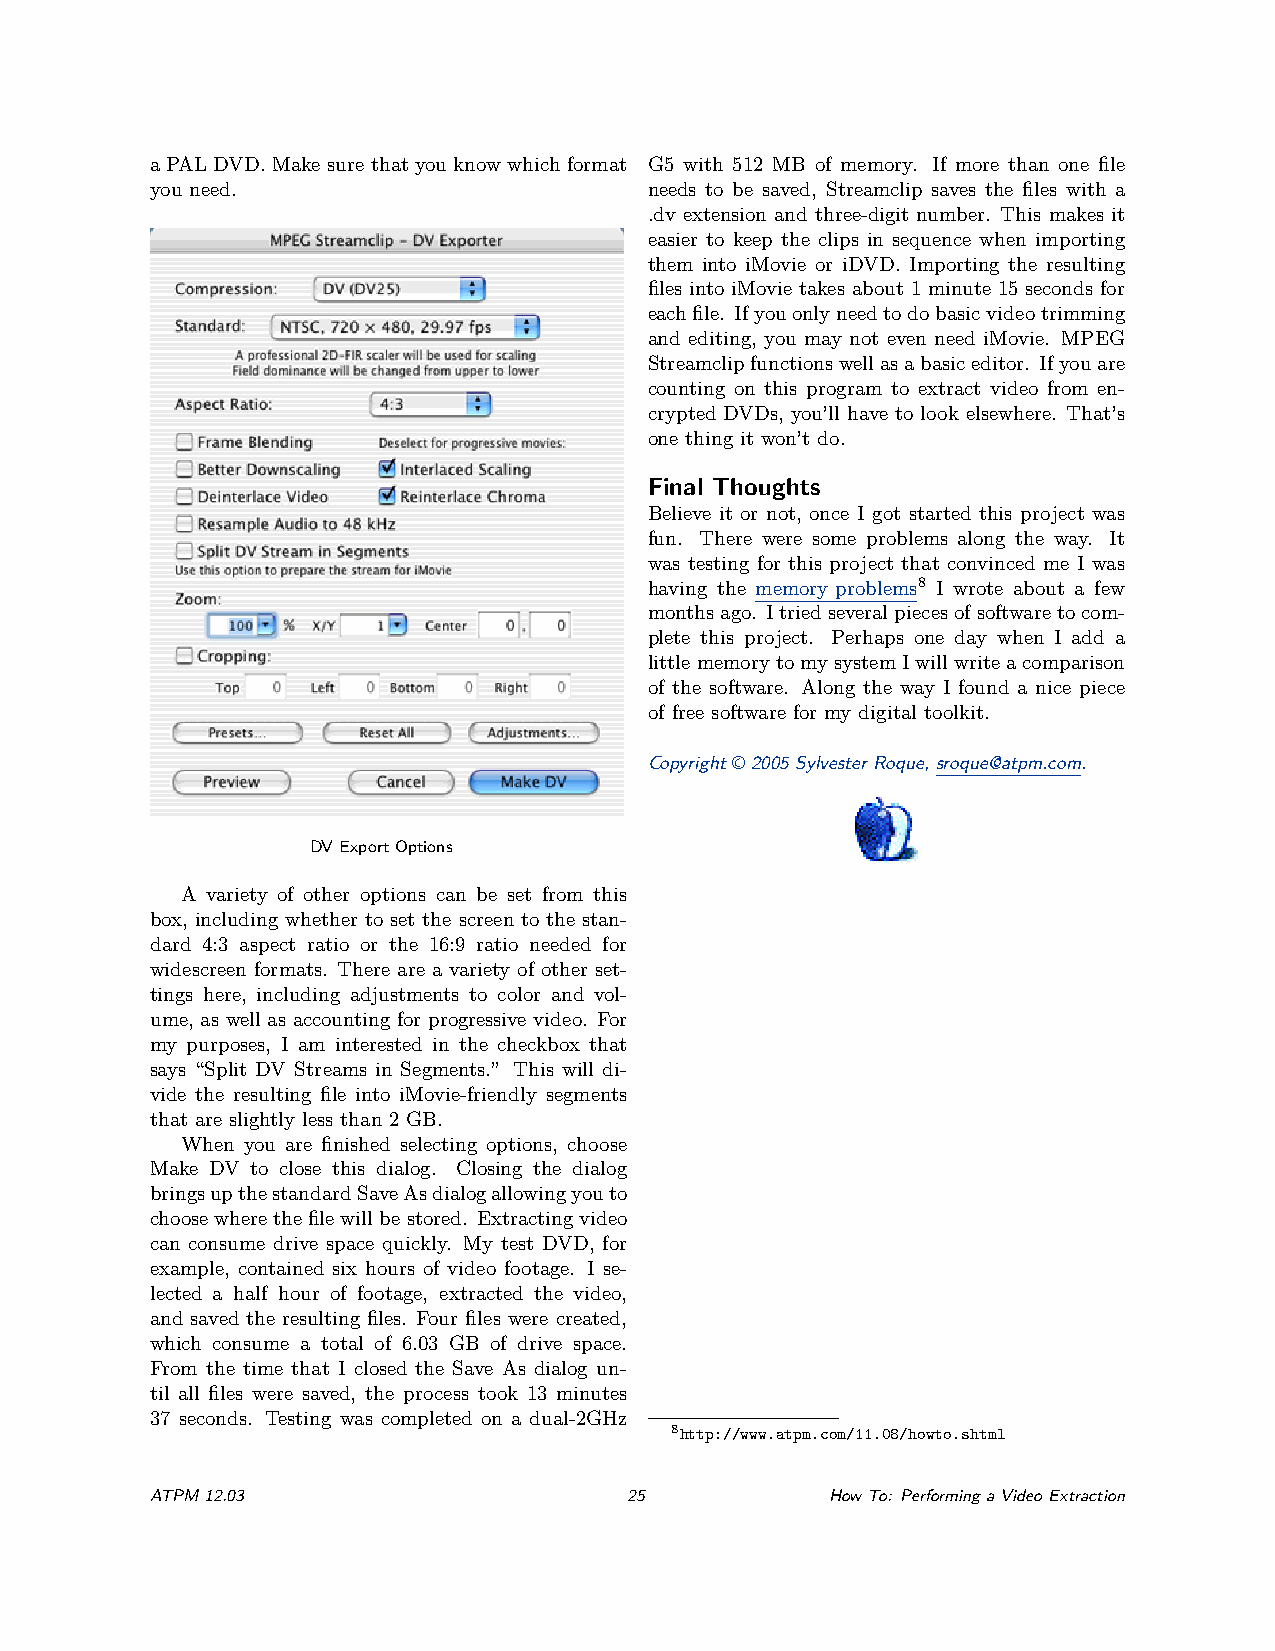
a PAL DVD. Make sure that you know which format G5 with 512 MB of memory. If more than one file
 you need.                        needs to be saved, Streamclip saves the files with a
 .dv extension and three-digit number. This makes it
 easier to keep the clips in sequence when importing
 them into iMovie or iDVD. Importing the resulting
 files into iMovie takes about 1 minute 15 seconds for
 eachfile. Ifyouonlyneedtodobasicvideotrimming
 and editing, you may not even need iMovie. MPEG
 Streamclipfunctionswellasabasiceditor. Ifyouare
 counting on this program to extract video from en-
 crypted DVDs, you’ll have to look elsewhere. That’s
 one thing it won’t do.
 Final Thoughts
 Believe it or not, once I got started this project was
 fun. There were some problems along the way. It
 was testing for this project that convinced me I was
 having the memory problems8 I wrote about a few
 monthsago. Itriedseveralpiecesofsoftwaretocom-
 plete this project. Perhaps one day when I add a
 littlememorytomysystemIwillwriteacomparison
 of the software. Along the way I found a nice piece
 of free software for my digital toolkit.
 Copyright © 2005 Sylvester Roque, sroque@atpm.com.
 DVExportOptions
 A variety of other options can be set from this
 box, including whether to set the screen to the stan-
 dard 4:3 aspect ratio or the 16:9 ratio needed for
 widescreen formats. There are a variety of other set-
 tings here, including adjustments to color and vol-
 ume, as well as accounting for progressive video. For
 my purposes, I am interested in the checkbox that
 says “Split DV Streams in Segments.” This will di-
 vide the resulting file into iMovie-friendly segments
 that are slightly less than 2 GB.
 When you are finished selecting options, choose
 Make DV to close this dialog. Closing the dialog
 bringsupthestandardSaveAsdialogallowingyouto
 choosewherethefilewillbestored. Extractingvideo
 can consume drive space quickly. My test DVD, for
 example, contained six hours of video footage. I se-
 lected a half hour of footage, extracted the video,
 and saved the resulting files. Four files were created,
 which consume a total of 6.03 GB of drive space.
 From the time that I closed the Save As dialog un-
 til all files were saved, the process took 13 minutes
 37 seconds. Testing was completed on a dual-2GHz
 8http://www.atpm.com/11.08/howto.shtml
 ATPM12.03                       25           HowTo: PerformingaVideoExtraction